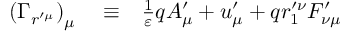
\begin{array} { r l r } { \left( \Gamma _ { r ^ { \prime \mu } } \right) _ { \mu } } & { { } \equiv } & { \frac { 1 } { \varepsilon } q A _ { \mu } ^ { \prime } + u _ { \mu } ^ { \prime } + q r _ { 1 } ^ { \prime \nu } F _ { \nu \mu } ^ { \prime } } \end{array}